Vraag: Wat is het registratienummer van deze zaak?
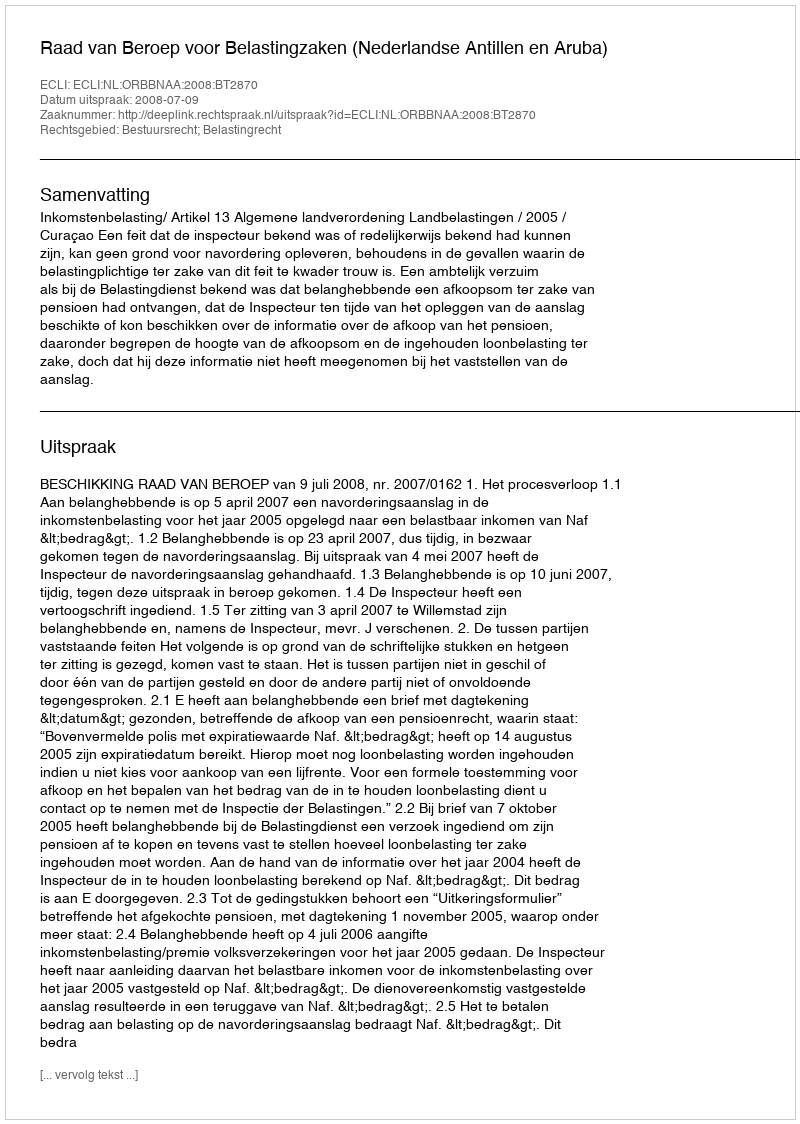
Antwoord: http://deeplink.rechtspraak.nl/uitspraak?id=ECLI:NL:ORBBNAA:2008:BT2870